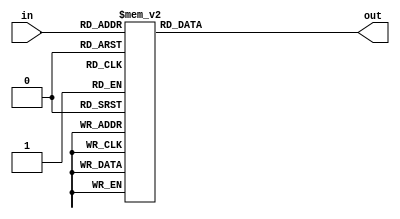
//Decoder for seven segment display

module SevenSegDecoder (
input [3:0] in,
output reg [6:0] out);

always @ (*)
begin
	case (in)
	4'd0  : out <= 7'b1000000;
	4'd1  : out <= 7'b1111001;
	4'd2  : out <= 7'b0100100;
	4'd3  : out <= 7'b0110000;
	4'd4  : out <= 7'b0011001;
	4'd5  : out <= 7'b0010010;
	4'd6  : out <= 7'b0000010;
	4'd7  : out <= 7'b1111000;
	4'd8  : out <= 7'b0000000;
	4'd9  : out <= 7'b0010000;
	4'd10 : out <= 7'b0001000;
	4'd11 : out <= 7'b0000011;
	4'd12 : out <= 7'b0100111;
	4'd13 : out <= 7'b0100001;
	4'd14 : out <= 7'b0000110;
	4'd15 : out <= 7'b0001110;
	endcase
end

endmodule